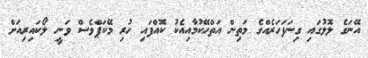
އޭނަގެ ލޮލުގައި ގިނަފަހަރެއްގެ މަތިން އަތްހޭކުމާއިއެކު ކޮއްފައި ހުރި މޭކަޕްވެސް ވަނީ ލޯކައިރިއަށް